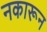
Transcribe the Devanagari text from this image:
नकारून